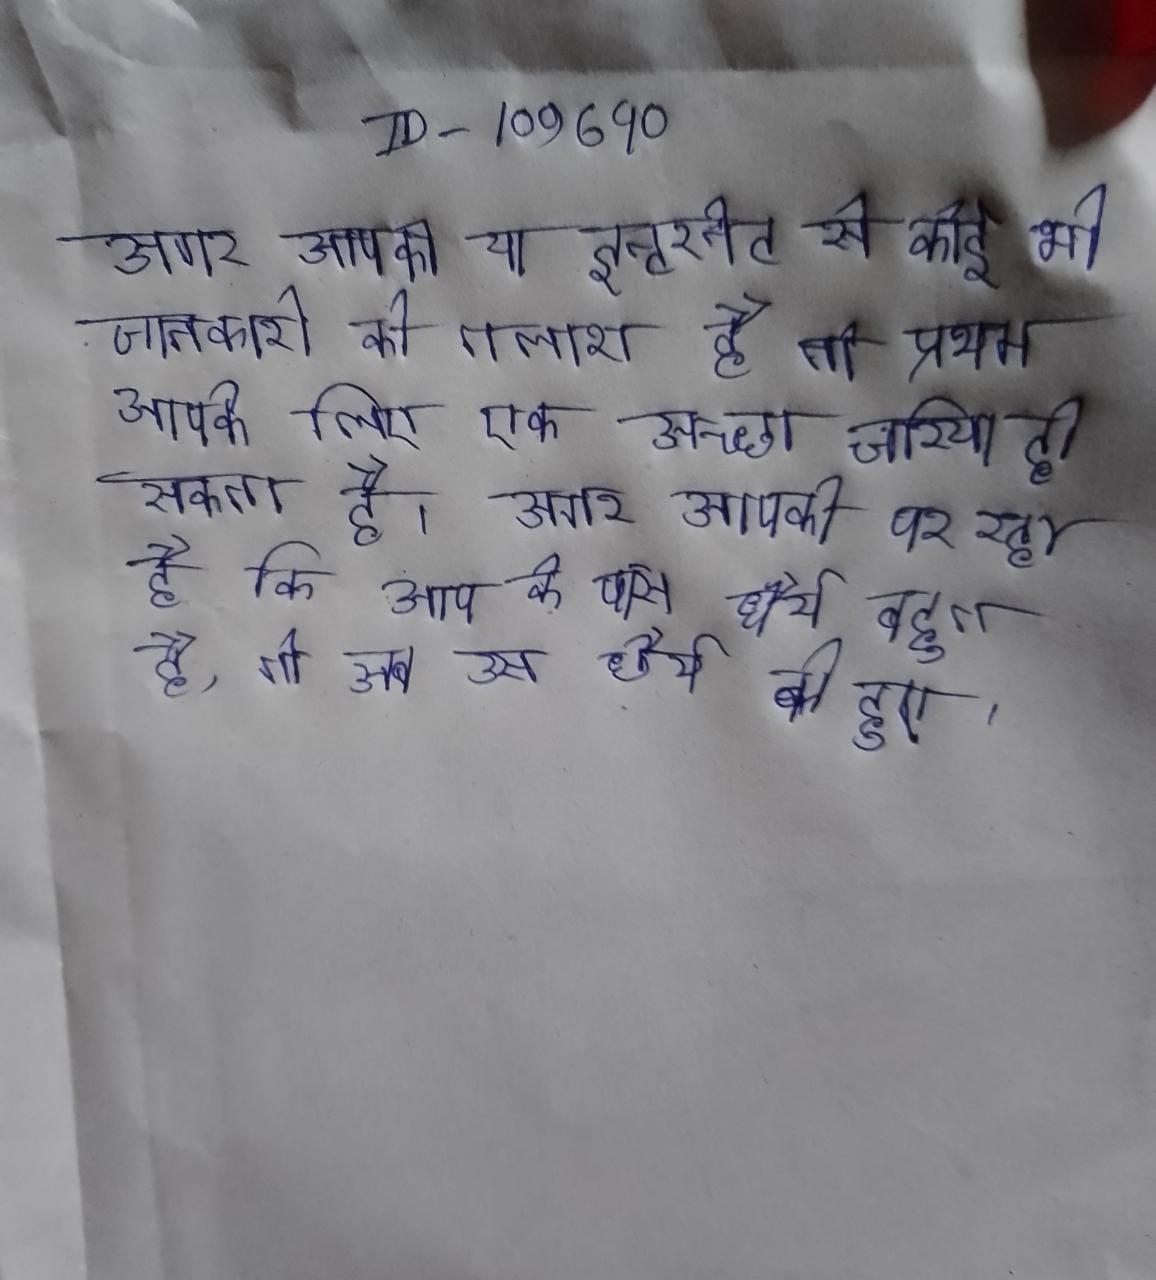
अगर आपको या इन्टरनेट से कोई भी जानकारी की तलाश है तो प्रथम आपके लिए एक अच्छा जरिया हो सकता है । अगर आपको पर रहा है कि आप के पास धैर्य बहुत है, तो अब उस धैर्य की हुए ।